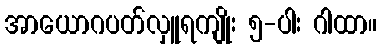
အာယောဂပတ်လှူရကျိုး ၅-ပါး ဂါထာ။